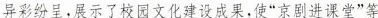
异彩纷呈，展示了校园文化建设成果，使”京剧进课堂”等